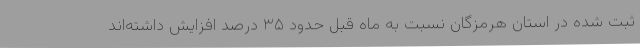
ثبت شده در استان هرمزگان نسبت به ماه قبل حدود ۳۵ درصد افزایش داشته‌اند